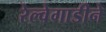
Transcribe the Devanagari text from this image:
रेल्वेगाडीने